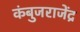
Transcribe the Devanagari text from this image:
कंबुजराजेंद्र